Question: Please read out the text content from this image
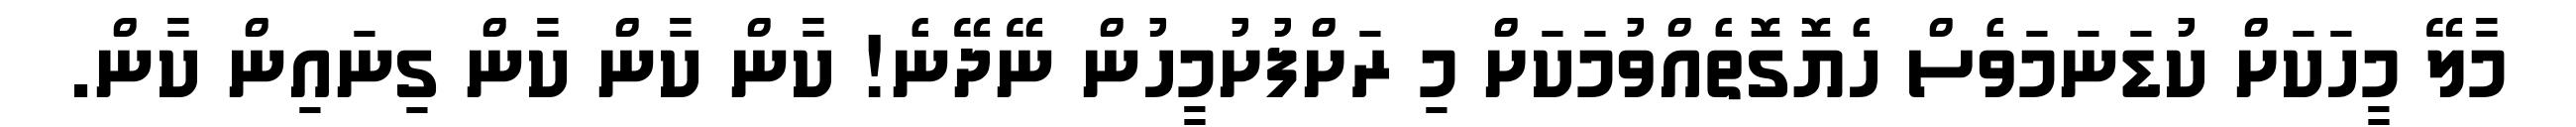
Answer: މާލޭ މީހަކަށް ކުޑަނަމަވެސް ހެޔޮގޮތެއްވުމަކަށް މި ރަށްފުށުމީހުން ނޭދޭނެ! ކާން ކާން ކާން ގިނައިން ކާން.